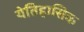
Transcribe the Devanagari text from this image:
येतिहासिक